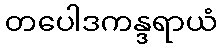
တပေါဒကန္ဒရာယံ